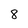
Character: 8